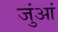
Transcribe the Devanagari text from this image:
जुंआं